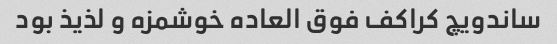
ساندویچ کراکف فوق العاده خوشمزه و لذیذ بود